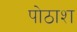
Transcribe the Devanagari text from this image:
पोठाश